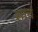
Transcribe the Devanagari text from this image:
सांचं